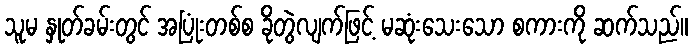
သူမ နှုတ်ခမ်းတွင် အပြုံးတစ်စ ခိုတွဲလျက်ဖြင့် မဆုံးသေးသော စကားကို ဆက်သည်။